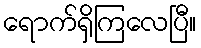
ရောက်ရှိကြလေပြီ။